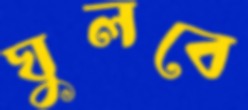
ঘুলবে